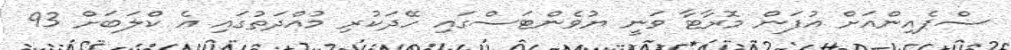
ސްޕެއިންއަށް އުފަން މޮރާޓާ ވަނީ ޔުވެންޓަސްގައި ހޭދަކުރި މުއްދަތުގައި އެ ކްލަބަށް 93